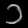
Digit: ၁